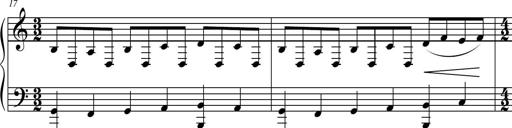
Title: Suite in the Old Style
Composer: Tyler Versluis